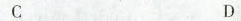
C D